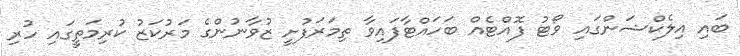
ބައި އިލެކްޝަންގައި ވޯޓު ފޮއްޓެއް ބަހައްޓާފައިވާ ތިމަރަފުށީ ޒުވާނުންގެ މަރުކަޒު ކުރިމަތީގައި ހުރި